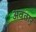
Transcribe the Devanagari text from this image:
अवतार्